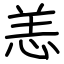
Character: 恙